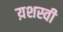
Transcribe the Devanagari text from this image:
य़शस्वी